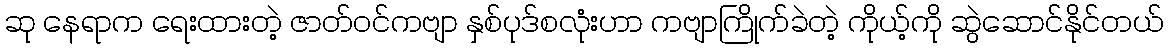
ဆု နေရာက ရေးထားတဲ့ ဇာတ်ဝင်ကဗျာ နှစ်ပုဒ်စလုံးဟာ ကဗျာကြိုက်ခဲတဲ့ ကိုယ့်ကို ဆွဲဆောင်နိုင်တယ်